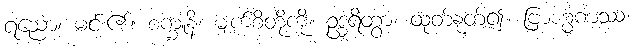
ရညော၊ မင်း၏။ စက္ခူနိ၊ မျက်စိတို့ကို။ ဥဒ္ဓရိတွာ၊ ထုတ်နုတ်၍။ ဗြာဟ္မဏဿ၊